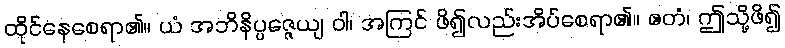
ထိုင်နေစေရာ၏။ ယံ အဘိနိပ္ပဇ္ဇေယျ ဝါ၊ အကြင် ဖိ၍လည်းအိပ်စေရာ၏။ ဧတံ၊ ဤသို့ဖိ၍